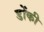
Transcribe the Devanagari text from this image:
डोंकी